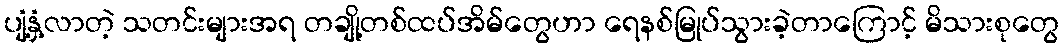
ပျံ့နှံ့လာတဲ့ သတင်းများအရ တချို့တစ်ထပ်အိမ်တွေဟာ ရေနစ်မြုပ်သွားခဲ့တာကြောင့် မိသားစုတွေ